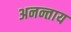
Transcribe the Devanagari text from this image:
अनन्ताय